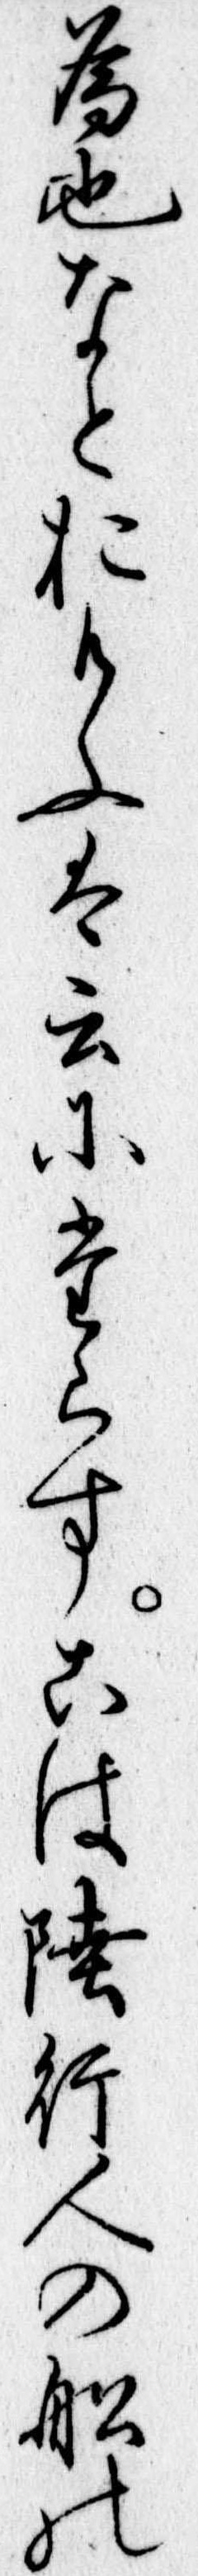
為也なとおもふは云にたらすこは陸行人の船の